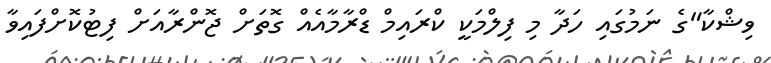
ވިޝްކާ"ގެ ނަމުގައި ހަދާ މި ފިލްމަކީ ކްރައިމް ޑްރާމާއެއް ގޮތަށް ޖޮންރާއަށް ފިޓުކޮށްފައިވާ